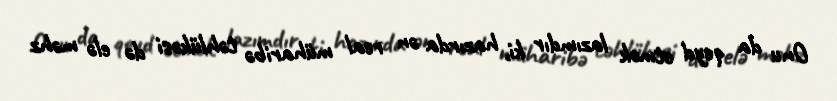
Onu da qeyd etmək lazımdır ki, hazırda ən real müharibə təhlükəsi də elə məhz